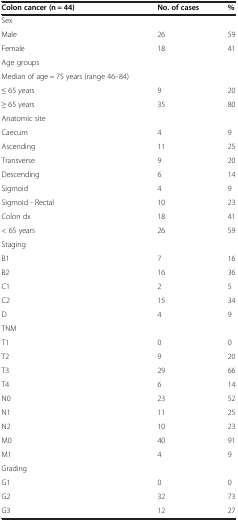
<table><thead><tr><td><b>Colon cancer (n = 44)</b></td><td><b>No. of cases</b></td><td><b>%</b></td></tr></thead><tbody><tr><td>Sex</td><td> </td><td> </td></tr><tr><td>Male</td><td>26</td><td>59</td></tr><tr><td>Female</td><td>18</td><td>41</td></tr><tr><td>Age groups</td><td> </td><td> </td></tr><tr><td>Median of age = 75 years (range 46–84)</td><td> </td><td> </td></tr><tr><td>≤ 65 years</td><td>9</td><td>20</td></tr><tr><td>≥ 65 years</td><td>35</td><td>80</td></tr><tr><td>Anatomic site</td><td> </td><td> </td></tr><tr><td>Caecum</td><td>4</td><td>9</td></tr><tr><td>Ascending</td><td>11</td><td>25</td></tr><tr><td>Transverse</td><td>9</td><td>20</td></tr><tr><td>Descending</td><td>6</td><td>14</td></tr><tr><td>Sigmoid</td><td>4</td><td>9</td></tr><tr><td>Sigmoid - Rectal</td><td>10</td><td>23</td></tr><tr><td>Colon dx</td><td>18</td><td>41</td></tr><tr><td>&lt; 65 years</td><td>26</td><td>59</td></tr><tr><td>Staging</td><td> </td><td> </td></tr><tr><td>B1</td><td>7</td><td>16</td></tr><tr><td>B2</td><td>16</td><td>36</td></tr><tr><td>C1</td><td>2</td><td>5</td></tr><tr><td>C2</td><td>15</td><td>34</td></tr><tr><td>D</td><td>4</td><td>9</td></tr><tr><td>TNM</td><td> </td><td> </td></tr><tr><td>T1</td><td>0</td><td>0</td></tr><tr><td>T2</td><td>9</td><td>20</td></tr><tr><td>T3</td><td>29</td><td>66</td></tr><tr><td>T4</td><td>6</td><td>14</td></tr><tr><td>N0</td><td>23</td><td>52</td></tr><tr><td>N1</td><td>11</td><td>25</td></tr><tr><td>N2</td><td>10</td><td>23</td></tr><tr><td>M0</td><td>40</td><td>91</td></tr><tr><td>M1</td><td>4</td><td>9</td></tr><tr><td>Grading</td><td> </td><td> </td></tr><tr><td>G1</td><td>0</td><td>0</td></tr><tr><td>G2</td><td>32</td><td>73</td></tr><tr><td>G3</td><td>12</td><td>27</td></tr></tbody></table>